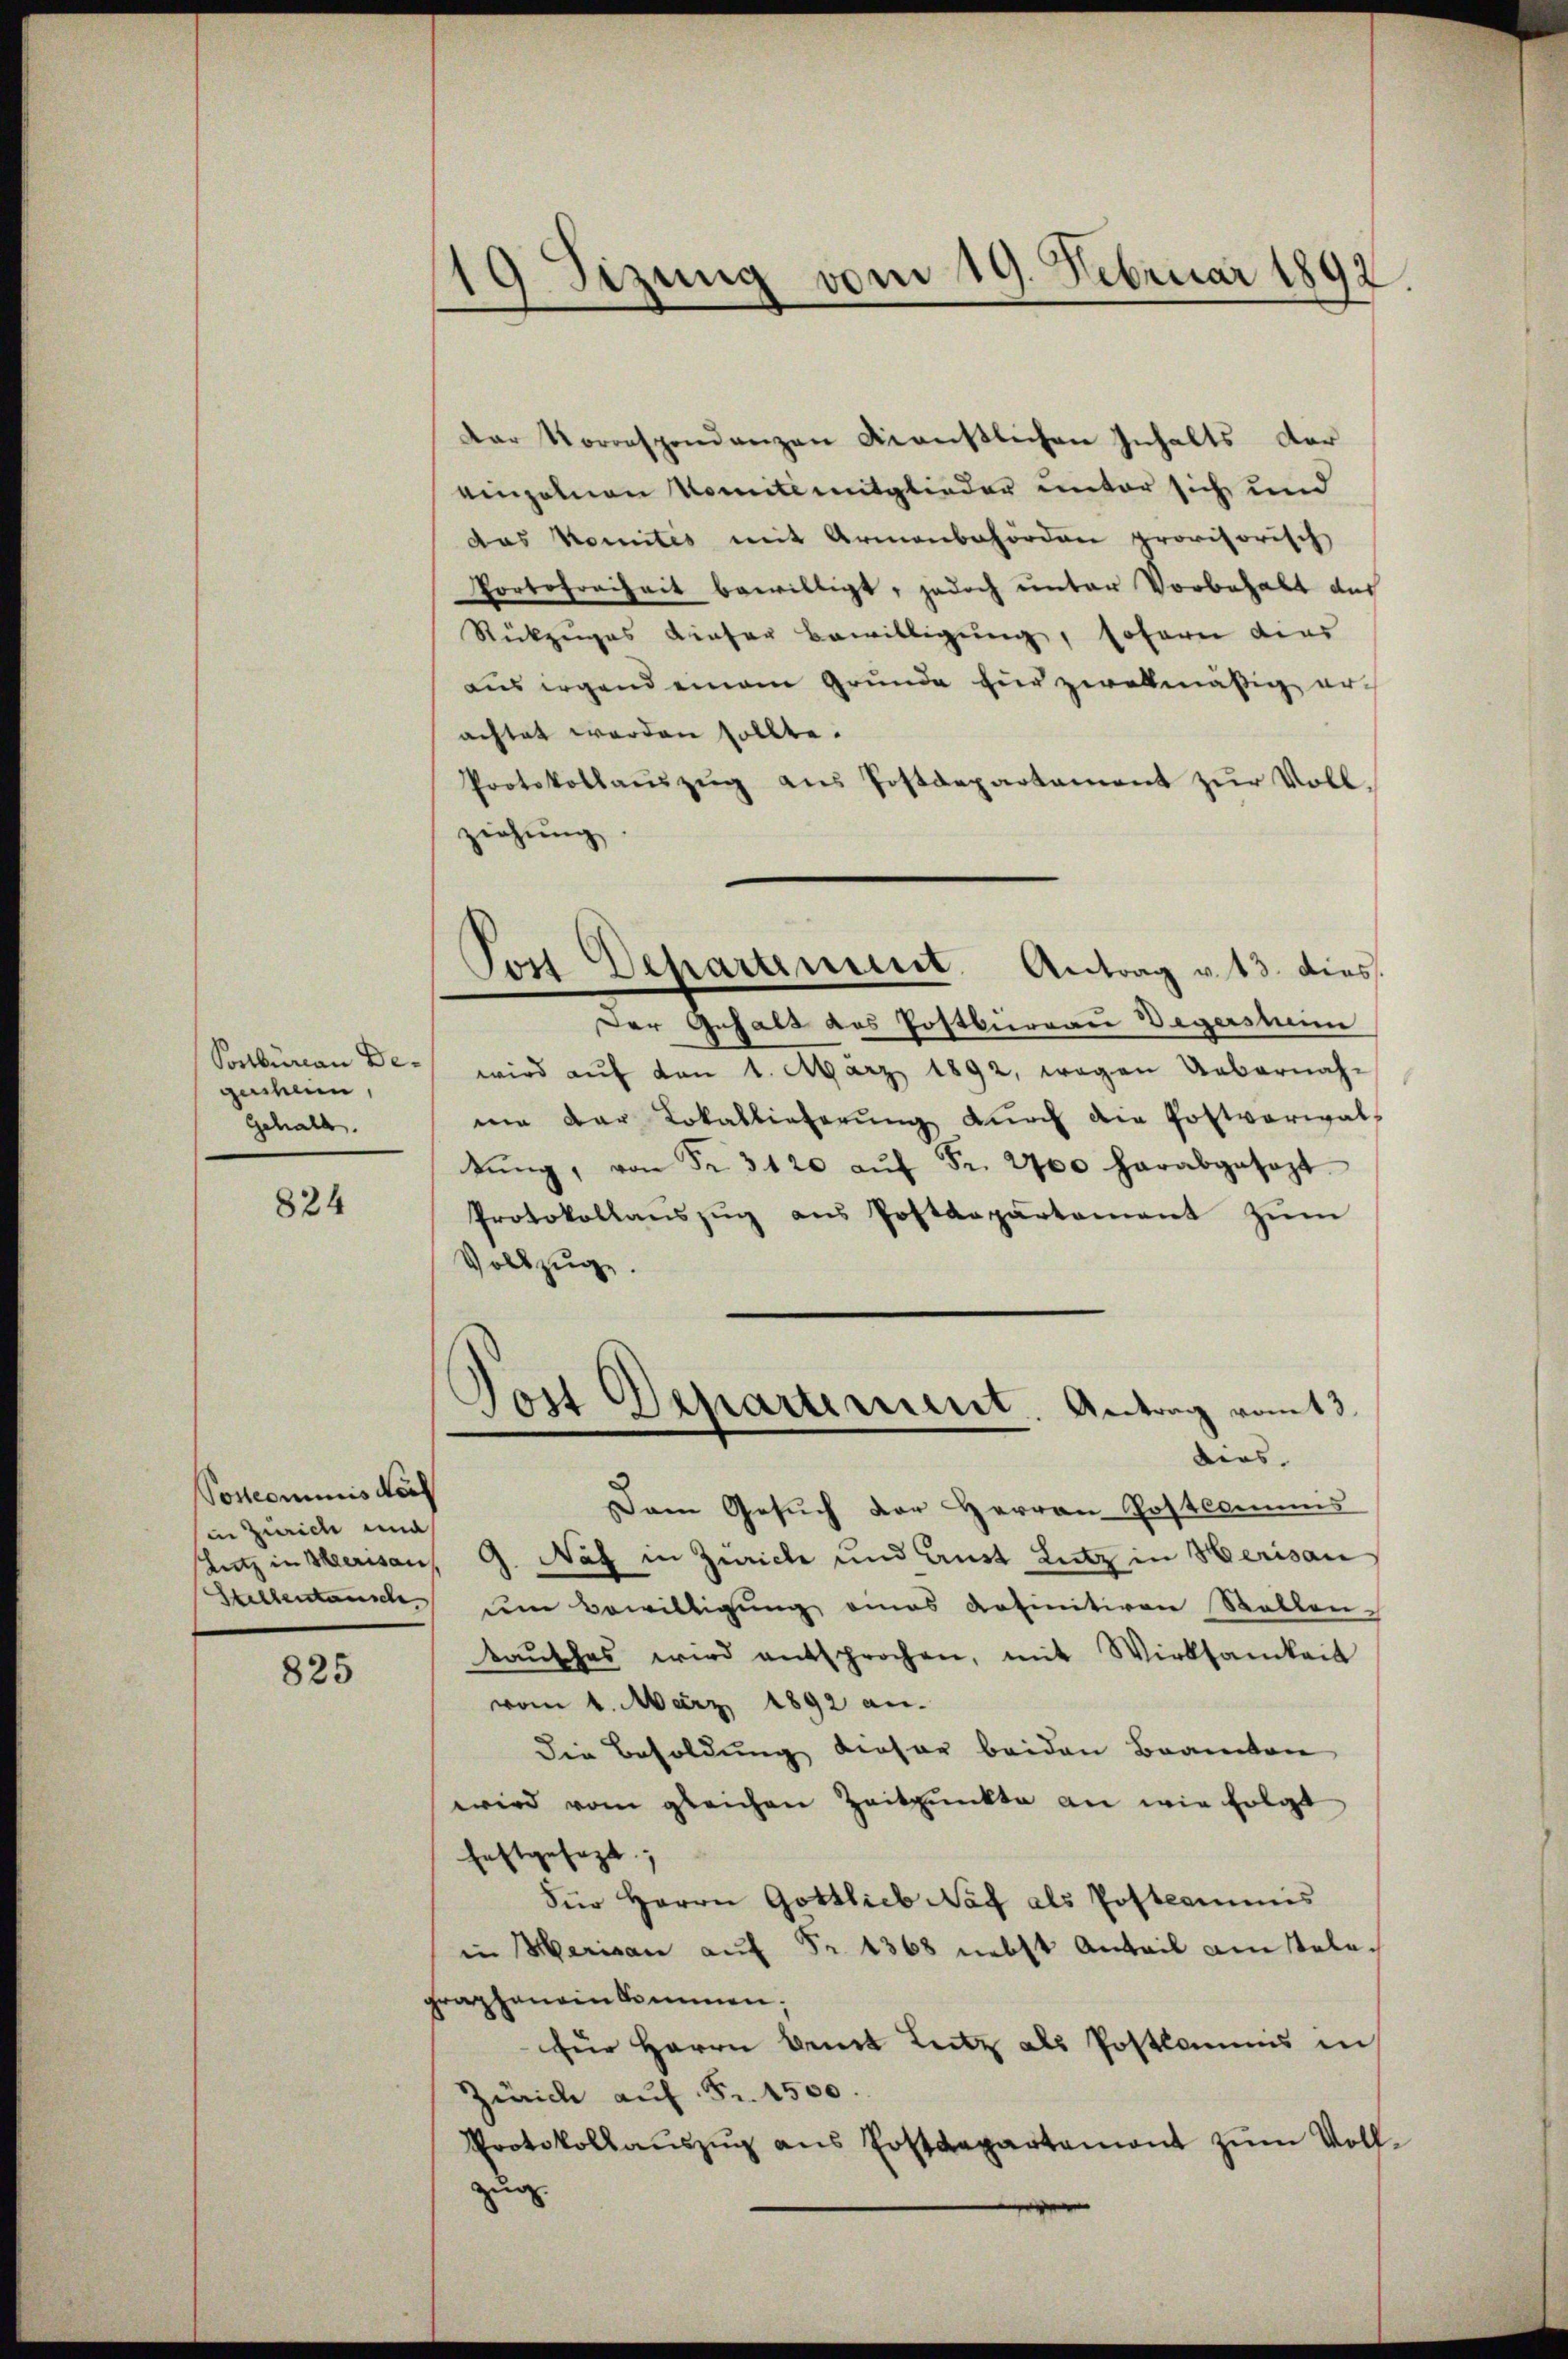
Postbüreau De-
geschein,
Gehalt.

824

(...)commis doch
in Zürich und
Lutz in Merisau

825

19 Sizung vom 19. Februar 1892.

Dar Korrespondenzen dienstlichen Inhalts der
einzelnen Komite mitglieder unter sich und
das Komités mit Armenbehörden provisorisch
Portofreiheit bewilligt, jedoch unter Vorbehalt aus
Rückzuges dieser Bewilligung, sofern dies
aus irgend einem Grunde für zwekmäßig erachtet worden sollte.
Protokollaŭszŭg aŭs Postdepartament zŭr Vollziehung
Der Gehalt des Postbüreau Vegerstim
wird aŭf von 1. März 1892, wegen Uebernahme der Lokallieferŭng dŭrch die Postverwal-
tŭng, von Fr. 3120 aŭf Fr. 2700 herabgesezt
Protokollaŭszŭg ans Postenpartement zŭm
Vollzug.
Jost Departement. Antrag vom 3.
dios.
Dem Gesuch der Herren Postcommis
G. Näf in Zürich und Aust Lutz in Herisau
Stellentausch dem Bewilligung eines Antinitiven Rollen-
taŭsches wird entsprochen, mit Wirksamkeit
vom 4. März 1892 an.
Die Besoldung dieser beiden Beamten
wird vom gleichen Zeitpunkte an wie folgt
festgesagt;
Für Herrn Gottlieb Naf als Postcommis
in Merisau auf Fr. 1368 nebst Anteil am stelegrapheneinkommen;
für Herrn Bemit Leitz als Postlommis in
Zürich auf Fr. 1500.
Protokollauszug aus Postdepartement zum Vollzug.

Von Departement. Antrag v. 13. dies.